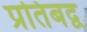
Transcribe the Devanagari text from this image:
प्रतिबद्व